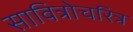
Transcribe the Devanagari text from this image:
सावित्रोचरित्र